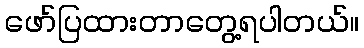
ဖော်ပြထားတာတွေ့ရပါတယ်။